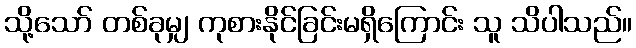
သို့သော် တစ်ခုမျှ ကုစားနိုင်ခြင်းမရှိကြောင်း သူ သိပါသည်။